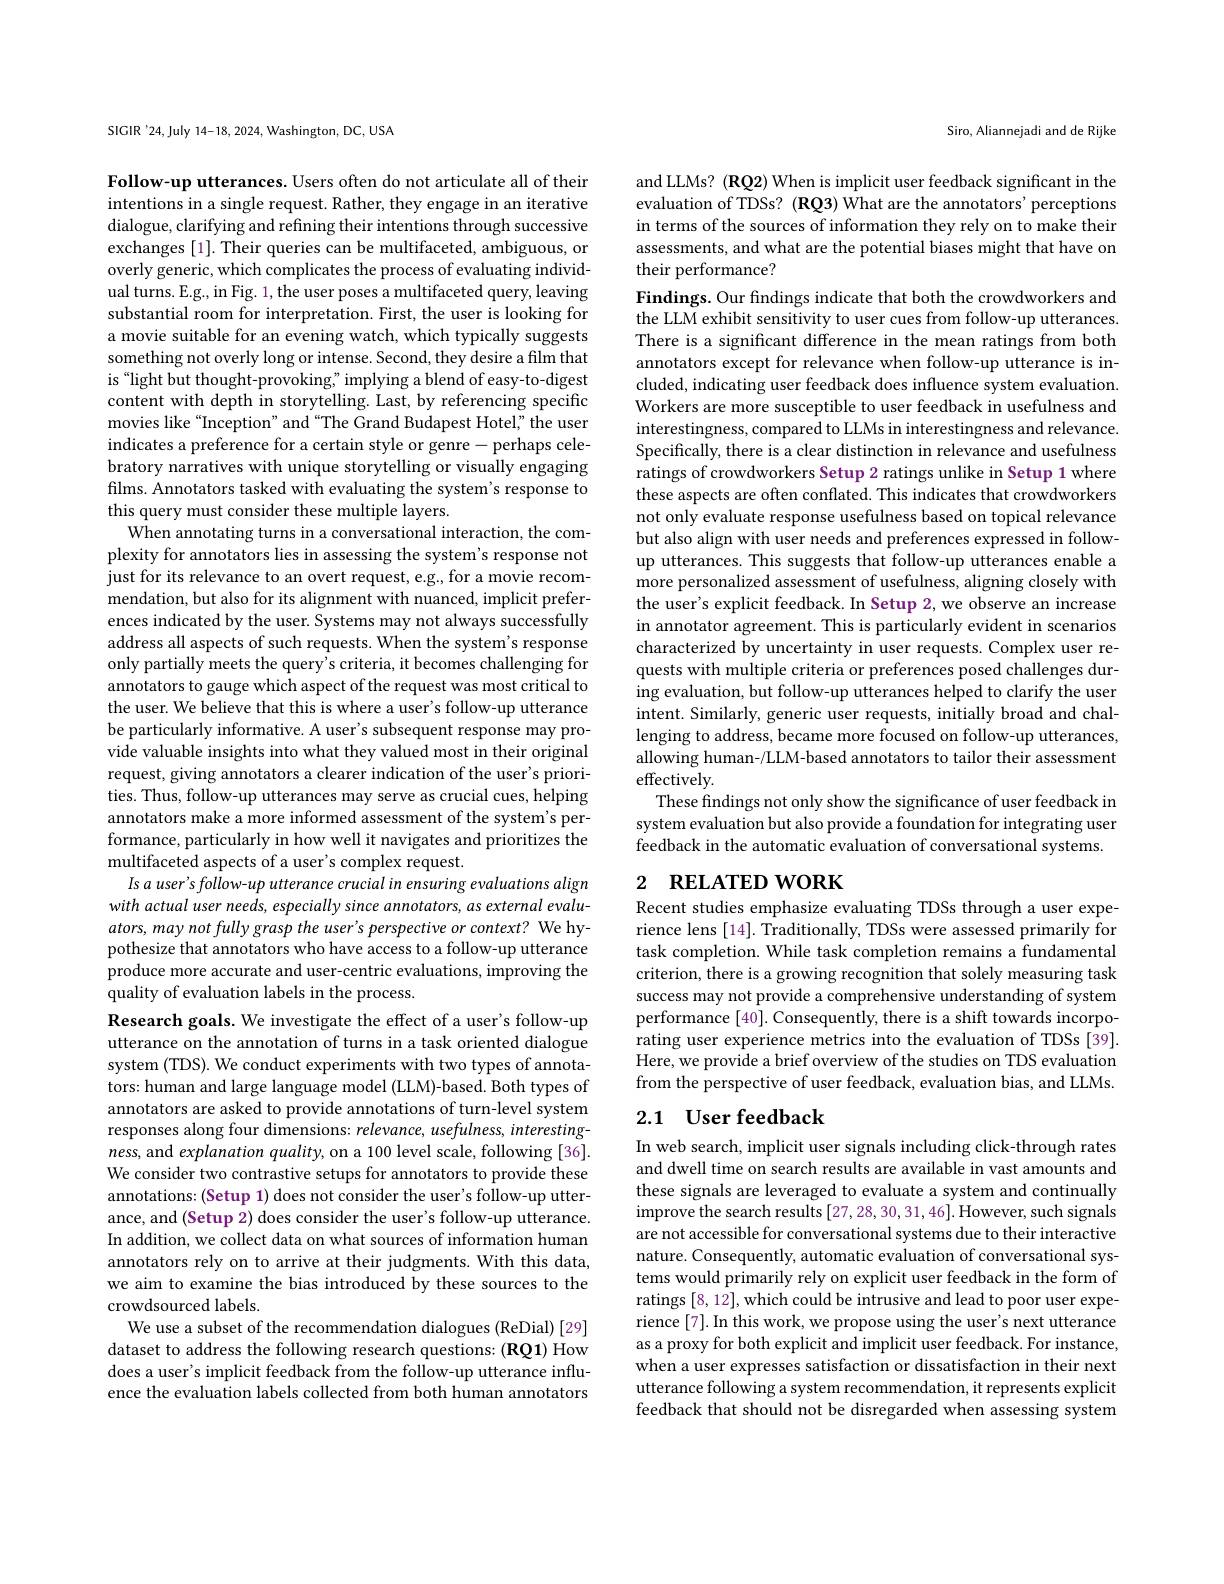
SIGIR'24,July 14-18, 2024, Washington, DC, USA

Follow-up utterances. Users often do not articulate all of their intentions in a single request. Rather, they engage in an iterative dialogue, clarifying and refining their intentions through successive exchanges [1]. Their queries can be multifaceted, ambiguous, or overly generic, which complicates the process of evaluating individual turns. E.g., in Fig. 1, the user poses a multifaceted query, leaving substantial room for interpretation. First, the user is looking for a movie suitable for an evening watch, which typically suggests something not overly long or intense. Second, they desire a film that is “light but thought-provoking" implying a blend of easy-to-digest content with depth in storytelling. Last, by referencing specific movies like“Inception”and“The Grand Budapest Hotel" the user indicates a preference for a certain style or genre- perhaps celebratory narratives with unique storytelling or visually engaging films. Annotators tasked with evaluating the system's response to this query must consider these multiple layers.
When annotating turns in a conversational interaction, the complexity for annotators lies in assessing the system's response not just for its relevance to an overt request, e.g., for a movie recommendation, but also for its alignment with nuanced, implicit preferences indicated by the user. Systems may not always successfully address all aspects of such requests. When the system's response only partially meets the query's criteria, it becomes challenging for annotators to gauge which aspect of the request was most critical to the user. We believe that this is where a user's follow-up utterance be particularly informative. A user's subsequent response may provide valuable insights into what they valued most in their original request, giving annotators a clearer indication of the user's priorities. Thus, follow-up utterances may serve as crucial cues, helping annotators make a more informed assessment of the system's performance, particularly in how well it navigates and prioritizes the multifaceted aspects of a user's complex request.
Is a user's follow- up utterance crucial in ensuring evaluations align with actual user needs, especially since annotators, as external evaluators, may not fully grasp the user's perspective or context? We hypothesize that annotators who have access to a follow-up utterance produce more accurate and user-centric evaluations, improving the quality of evaluation labels in the process.
Research goals. We investigate the effect of a user's follow-up utterance on the annotation of turns in a task oriented dialogue system (TDS). We conduct experiments with two types of annotators: human and large language model (LLM)-based. Both types of annotators are asked to provide annotations of turn-level system responses along four dimensions: relevance, usefulness, interestingness, and explanation quality, on a 100 level scale, following [36]. We consider two contrastive setups for annotators to provide these annotations: (Setup 1) does not consider the user's follow-up utterance, and (Setup 2) does consider the user's follow-up utterance. In addition, we collect data on what sources of information human annotators rely on to arrive at their judgments. With this data, we aim to examine the bias introduced by these sources to the crowdsourced labels.
We use a subset of the recommendation dialogues (ReDial)[29] dataset to address the following research questions: (RQ1) How does a user's implicit feedback from the follow-up utterance influence the evaluation labels collected from both human annotators

Siro, Aliannejadi and de Rijke

and LLMs? (RQ2) When is implicit user feedback significant in the evaluation of TDSs? (RQ3) What are the annotators' perceptions in terms of the sources of information they rely on to make their assessments, and what are the potential biases might that have on their performance?

Findings. Our findings indicate that both the crowdworkers and the LLM exhibit sensitivity to user cues from follow-up utterances. There is a significant difference in the mean ratings from both annotators except for relevance when follow-up utterance is included, indicating user feedback does influence system evaluation. Workers are more susceptible to user feedback in usefulness and interestingness, compared to LLMs in interestingness and relevance. Specifically, there is a clear distinction in relevance and usefulness ratings of crowdworkers Setup 2 ratings unlike in Setup 1 where these aspects are often conflated. This indicates that crowdworkers not only evaluate response usefulness based on topical relevance but also align with user needs and preferences expressed in followup utterances. This suggests that follow-up utterances enable a more personalized assessment of usefulness, aligning closely with the user's explicit feedback. In Setup 2, we observe an increase in annotator agreement. This is particularly evident in scenarios characterized by uncertainty in user requests. Complex user requests with multiple criteria or preferences posed challenges during evaluation, but follow-up utterances helped to clarify the user intent. Similarly, generic user requests, initially broad and challenging to address, became more focused on follow-up utterances, allowing human-/LLM-based annotators to tailor their assessment effectively.
These findings not only show the significance of user feedback in system evaluation but also provide a foundation for integrating user feedback in the automatic evaluation of conversational systems.

## 2 $\textbf{RELATED WORK}$ Recent studies emphasize evaluating TDSs through a user expe-

rience lens [14]. Traditionally, TDSs were assessed primarily for task completion. While task completion remains a fundamental criterion, there is a growing recognition that solely measuring task success may not provide a comprehensive understanding of system performance [40]. Consequently, there is a shift towards incorporating user experience metrics into the evaluation of TDSs [39]. Here, we provide a brief overview of the studies on TDS evaluation from the perspective of user feedback, evaluation bias, and LLMs.

## 2.1 User feedback

In web search, implicit user signals including click-through rates and dwell time on search results are available in vast amounts and these signals are leveraged to evaluate a system and continually improve the search results [27,28,30,31,46]. However, such signals are not accessible for conversational systems due to their interactive nature. Consequently, automatic evaluation of conversational systems would primarily rely on explicit user feedback in the form of ratings [8,12],which could be intrusive and lead to poor user experience [7]. In this work, we propose using the user's next utterance as a proxy for both explicit and implicit user feedback. For instance, when a user expresses satisfaction or dissatisfaction in their next utterance following a system recommendation, it represents explicit feedback that should not be disregarded when assessing system